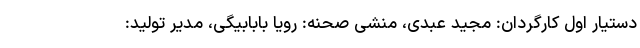
دستیار اول کارگردان: مجید عبدی، منشی صحنه: رویا بابابیگی، مدیر تولید: